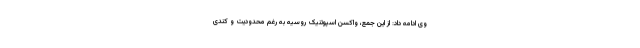
وی ادامه داد: از این جمع، واکسن اسپوتنیک روسیه به رغم محدودیت و کندی